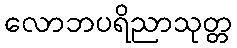
လောဘပရိညာသုတ္တ